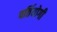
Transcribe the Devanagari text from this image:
पर्तियोगी